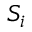
{ \mathbf { } } S _ { i }